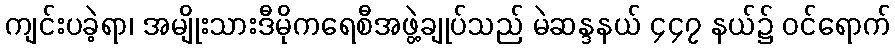
ကျင်းပခဲ့ရာ၊ အမျိုးသားဒီမိုကရေစီအဖွဲ့ချုပ်သည် မဲဆန္ဒနယ် ၄၄၇ နယ်၌ ဝင်ရောက်